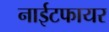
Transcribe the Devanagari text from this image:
नाईटफायर